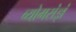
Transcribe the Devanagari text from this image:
व्योमसंज्ञं